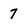
Character: 7